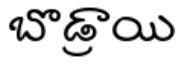
బొడ్రాయి